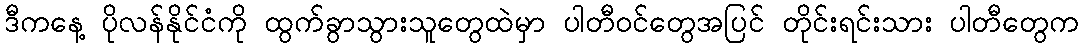
ဒီကနေ့ ပိုလန်နိုင်ငံကို ထွက်ခွာသွားသူတွေထဲမှာ ပါတီဝင်တွေအပြင် တိုင်းရင်းသား ပါတီတွေက